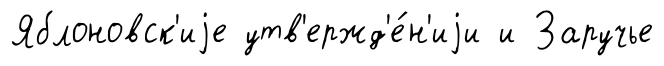
Яблоновск'иjе утв'ержд'е́н'иjи и Заручье